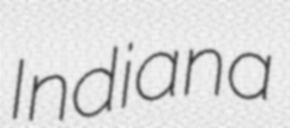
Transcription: Indiana